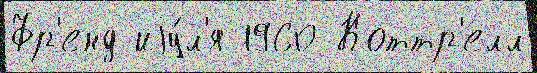
Фр'енд иjу́л'я 1960 Коттр'елл